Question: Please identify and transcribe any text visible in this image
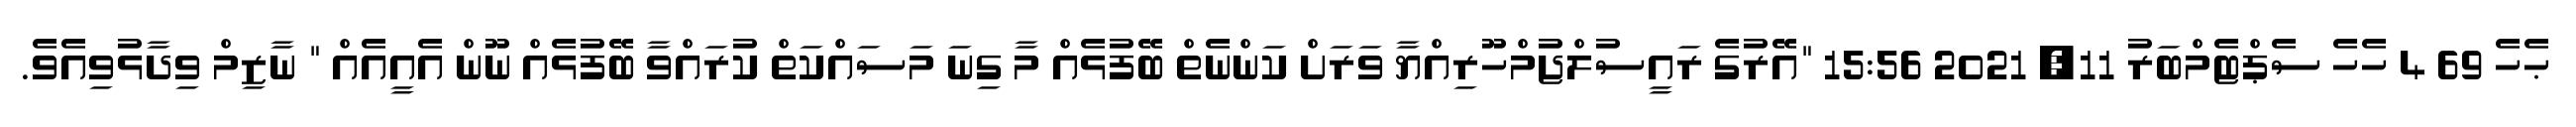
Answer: ޙެހެ 69 4 ހެހެ ސެޕްޓެމްބަރު 11, 2021 15:56 "އޭރުގެ ރައީސުލްޖުމްހޫރިއްޔާ ވަރަށް ކަންނެތް ބޭފުޅެއް މާ ގިނަ މަސައްކަތް ކުރައްވާ ބޭފުޅެއް ނޫން އެއީއެއް " ނާޒިމް ވިދާޅުވިއެވެ.